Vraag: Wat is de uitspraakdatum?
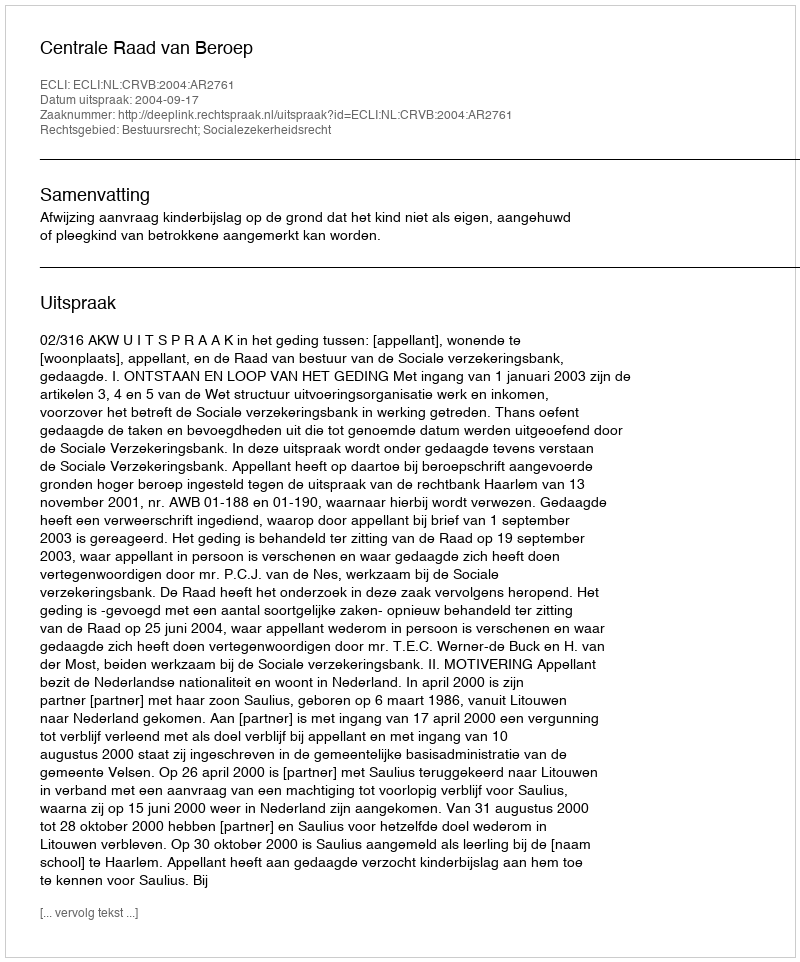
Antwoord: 2004-09-17